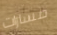
مسارات